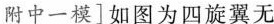
附中一模]如图为四旋翼无